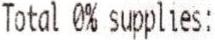
TOTAL 0% SUPPLIES: